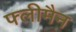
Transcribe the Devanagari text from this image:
फ्लीमैन